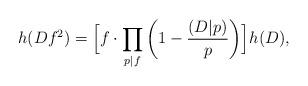
LaTeX: \begin{align*}h(Df^2) = \Bigl[f \cdot\prod_{{p|f}}\left(1-\frac{(D|p)}{p}\right)\Bigr]h(D),\end{align*}